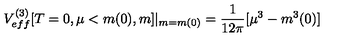
V _ { e f f } ^ { ( 3 ) } [ T = 0 , \mu < m ( 0 ) , m ] | _ { m = m ( 0 ) } = \frac { 1 } { 1 2 \pi } [ \mu ^ { 3 } - m ^ { 3 } ( 0 ) ]